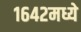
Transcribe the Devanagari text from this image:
१६४२मध्ये